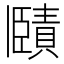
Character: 𧷤